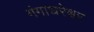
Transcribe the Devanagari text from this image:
गंगाधरेश्वर